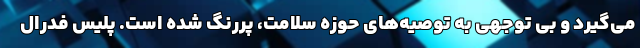
می‌گیرد و بی توجهی به توصیه‌های حوزه سلامت، پررنگ شده است. پلیس فدرال